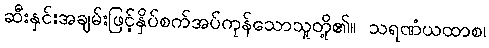
ဆီးနှင်းအချမ်းဖြင့်နှိပ်စက်အပ်ကုန်သောသူတို့၏။ သရဏံယထာစ၊